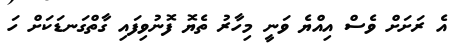
އެ ރަށަށް ވެސް އިއްޔެ ވަނީ މިހާރު ތެޔޮ ފޮނުވިފައި ގާތްގަނޑަކަށް ހަ